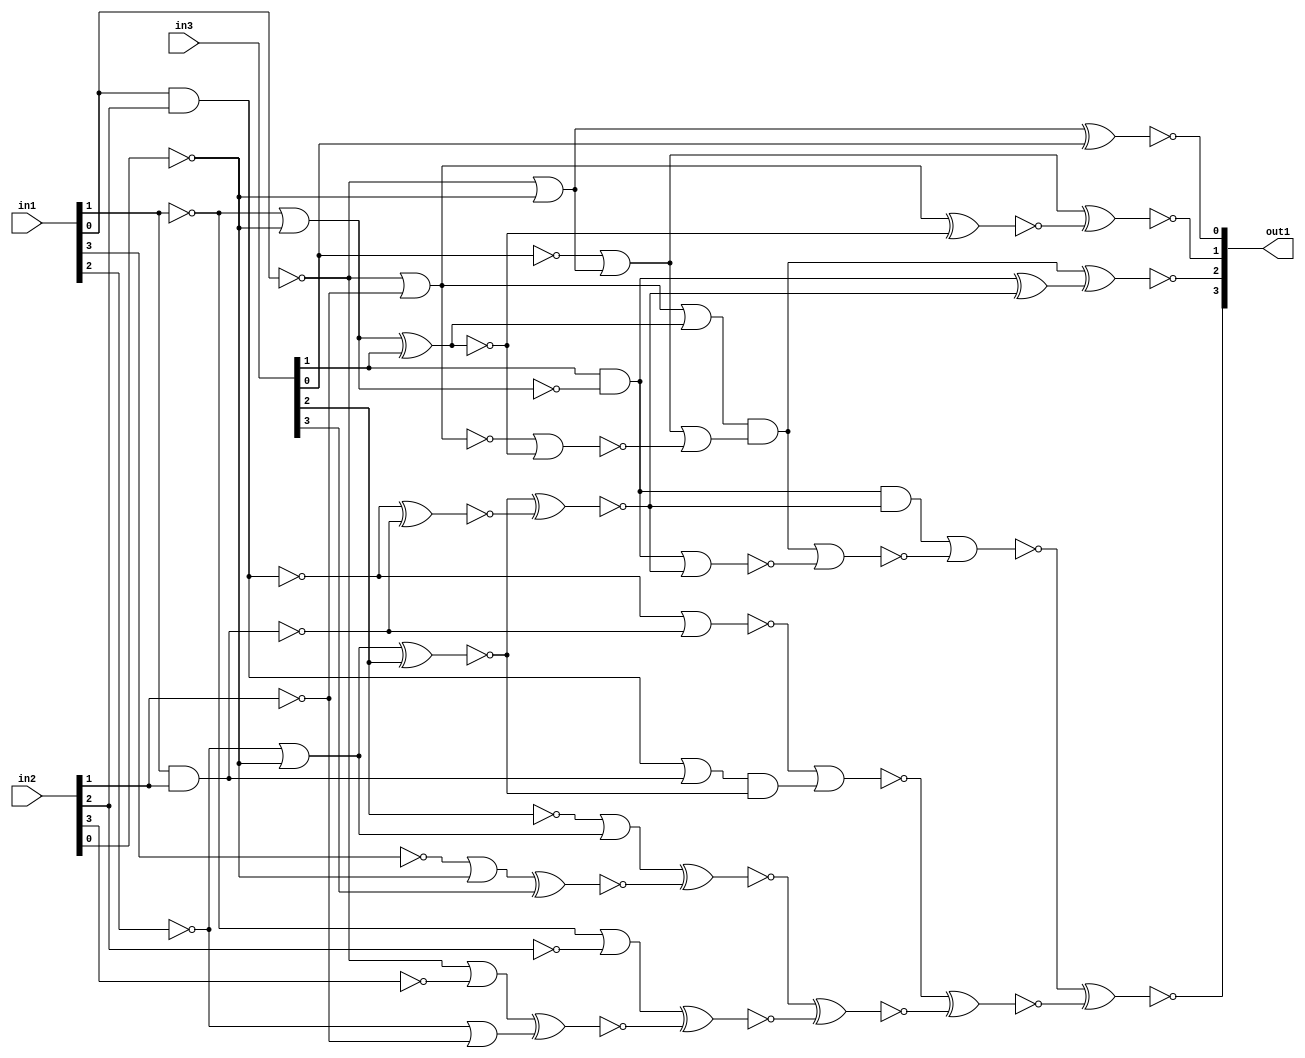
module top(in1, in2, in3, out1);
  input [3:0] in1, in2, in3;
  output [3:0] out1;
  wire [3:0] in1, in2, in3;
  wire [3:0] out1;
  wire csa_tree_ADD_TC_OP_groupi_n_0, csa_tree_ADD_TC_OP_groupi_n_1, csa_tree_ADD_TC_OP_groupi_n_2, csa_tree_ADD_TC_OP_groupi_n_3, csa_tree_ADD_TC_OP_groupi_n_4, csa_tree_ADD_TC_OP_groupi_n_5, csa_tree_ADD_TC_OP_groupi_n_6, csa_tree_ADD_TC_OP_groupi_n_7;
  wire csa_tree_ADD_TC_OP_groupi_n_8, csa_tree_ADD_TC_OP_groupi_n_9, csa_tree_ADD_TC_OP_groupi_n_10, csa_tree_ADD_TC_OP_groupi_n_11, csa_tree_ADD_TC_OP_groupi_n_12, csa_tree_ADD_TC_OP_groupi_n_13, csa_tree_ADD_TC_OP_groupi_n_14, csa_tree_ADD_TC_OP_groupi_n_15;
  wire csa_tree_ADD_TC_OP_groupi_n_16, csa_tree_ADD_TC_OP_groupi_n_17, csa_tree_ADD_TC_OP_groupi_n_18, csa_tree_ADD_TC_OP_groupi_n_19, csa_tree_ADD_TC_OP_groupi_n_20, csa_tree_ADD_TC_OP_groupi_n_21, csa_tree_ADD_TC_OP_groupi_n_22, csa_tree_ADD_TC_OP_groupi_n_23;
  wire csa_tree_ADD_TC_OP_groupi_n_24, csa_tree_ADD_TC_OP_groupi_n_25, csa_tree_ADD_TC_OP_groupi_n_26, csa_tree_ADD_TC_OP_groupi_n_27, csa_tree_ADD_TC_OP_groupi_n_28, csa_tree_ADD_TC_OP_groupi_n_29, csa_tree_ADD_TC_OP_groupi_n_30, csa_tree_ADD_TC_OP_groupi_n_31;
  wire csa_tree_ADD_TC_OP_groupi_n_32, csa_tree_ADD_TC_OP_groupi_n_33, csa_tree_ADD_TC_OP_groupi_n_34, csa_tree_ADD_TC_OP_groupi_n_35, csa_tree_ADD_TC_OP_groupi_n_36, csa_tree_ADD_TC_OP_groupi_n_37, csa_tree_ADD_TC_OP_groupi_n_39, csa_tree_ADD_TC_OP_groupi_n_40;
  wire csa_tree_ADD_TC_OP_groupi_n_41, csa_tree_ADD_TC_OP_groupi_n_42, csa_tree_ADD_TC_OP_groupi_n_43, csa_tree_ADD_TC_OP_groupi_n_44, csa_tree_ADD_TC_OP_groupi_n_45, csa_tree_ADD_TC_OP_groupi_n_46, csa_tree_ADD_TC_OP_groupi_n_47, csa_tree_ADD_TC_OP_groupi_n_48;
  wire csa_tree_ADD_TC_OP_groupi_n_49, csa_tree_ADD_TC_OP_groupi_n_50, csa_tree_ADD_TC_OP_groupi_n_51, csa_tree_ADD_TC_OP_groupi_n_53, csa_tree_ADD_TC_OP_groupi_n_54, csa_tree_ADD_TC_OP_groupi_n_55;
  xnor csa_tree_ADD_TC_OP_groupi_g168__2398(out1[3] ,csa_tree_ADD_TC_OP_groupi_n_54 ,csa_tree_ADD_TC_OP_groupi_n_55);
  xnor csa_tree_ADD_TC_OP_groupi_g169__5107(out1[2] ,csa_tree_ADD_TC_OP_groupi_n_48 ,csa_tree_ADD_TC_OP_groupi_n_0);
  xnor csa_tree_ADD_TC_OP_groupi_g170__6260(csa_tree_ADD_TC_OP_groupi_n_55 ,csa_tree_ADD_TC_OP_groupi_n_46 ,csa_tree_ADD_TC_OP_groupi_n_51);
  nor csa_tree_ADD_TC_OP_groupi_g171__4319(csa_tree_ADD_TC_OP_groupi_n_54 ,csa_tree_ADD_TC_OP_groupi_n_50 ,csa_tree_ADD_TC_OP_groupi_n_53);
  nor csa_tree_ADD_TC_OP_groupi_g172__8428(csa_tree_ADD_TC_OP_groupi_n_53 ,csa_tree_ADD_TC_OP_groupi_n_48 ,csa_tree_ADD_TC_OP_groupi_n_49);
  xnor csa_tree_ADD_TC_OP_groupi_g174__5526(out1[1] ,csa_tree_ADD_TC_OP_groupi_n_31 ,csa_tree_ADD_TC_OP_groupi_n_45);
  xnor csa_tree_ADD_TC_OP_groupi_g175__6783(csa_tree_ADD_TC_OP_groupi_n_51 ,csa_tree_ADD_TC_OP_groupi_n_42 ,csa_tree_ADD_TC_OP_groupi_n_43);
  and csa_tree_ADD_TC_OP_groupi_g176__3680(csa_tree_ADD_TC_OP_groupi_n_50 ,csa_tree_ADD_TC_OP_groupi_n_30 ,csa_tree_ADD_TC_OP_groupi_n_44);
  nor csa_tree_ADD_TC_OP_groupi_g177__1617(csa_tree_ADD_TC_OP_groupi_n_49 ,csa_tree_ADD_TC_OP_groupi_n_30 ,csa_tree_ADD_TC_OP_groupi_n_44);
  and csa_tree_ADD_TC_OP_groupi_g178__2802(csa_tree_ADD_TC_OP_groupi_n_48 ,csa_tree_ADD_TC_OP_groupi_n_39 ,csa_tree_ADD_TC_OP_groupi_n_47);
  or csa_tree_ADD_TC_OP_groupi_g179__1705(csa_tree_ADD_TC_OP_groupi_n_47 ,csa_tree_ADD_TC_OP_groupi_n_31 ,csa_tree_ADD_TC_OP_groupi_n_41);
  nor csa_tree_ADD_TC_OP_groupi_g180__5122(csa_tree_ADD_TC_OP_groupi_n_46 ,csa_tree_ADD_TC_OP_groupi_n_28 ,csa_tree_ADD_TC_OP_groupi_n_40);
  xnor csa_tree_ADD_TC_OP_groupi_g181__8246(csa_tree_ADD_TC_OP_groupi_n_45 ,csa_tree_ADD_TC_OP_groupi_n_21 ,csa_tree_ADD_TC_OP_groupi_n_36);
  xnor csa_tree_ADD_TC_OP_groupi_g182__7098(csa_tree_ADD_TC_OP_groupi_n_44 ,csa_tree_ADD_TC_OP_groupi_n_37 ,csa_tree_ADD_TC_OP_groupi_n_33);
  xnor csa_tree_ADD_TC_OP_groupi_g183__6131(csa_tree_ADD_TC_OP_groupi_n_43 ,csa_tree_ADD_TC_OP_groupi_n_22 ,csa_tree_ADD_TC_OP_groupi_n_34);
  xnor csa_tree_ADD_TC_OP_groupi_g184__1881(csa_tree_ADD_TC_OP_groupi_n_42 ,csa_tree_ADD_TC_OP_groupi_n_29 ,csa_tree_ADD_TC_OP_groupi_n_32);
  nor csa_tree_ADD_TC_OP_groupi_g185__5115(csa_tree_ADD_TC_OP_groupi_n_41 ,csa_tree_ADD_TC_OP_groupi_n_20 ,csa_tree_ADD_TC_OP_groupi_n_36);
  and csa_tree_ADD_TC_OP_groupi_g186__7482(csa_tree_ADD_TC_OP_groupi_n_40 ,csa_tree_ADD_TC_OP_groupi_n_27 ,csa_tree_ADD_TC_OP_groupi_n_37);
  or csa_tree_ADD_TC_OP_groupi_g187__4733(csa_tree_ADD_TC_OP_groupi_n_39 ,csa_tree_ADD_TC_OP_groupi_n_21 ,csa_tree_ADD_TC_OP_groupi_n_35);
  xnor csa_tree_ADD_TC_OP_groupi_g188__6161(out1[0] ,csa_tree_ADD_TC_OP_groupi_n_16 ,in3[0]);
  xnor csa_tree_ADD_TC_OP_groupi_g189__9315(csa_tree_ADD_TC_OP_groupi_n_37 ,csa_tree_ADD_TC_OP_groupi_n_23 ,in3[2]);
  not csa_tree_ADD_TC_OP_groupi_g190(csa_tree_ADD_TC_OP_groupi_n_35 ,csa_tree_ADD_TC_OP_groupi_n_36);
  xnor csa_tree_ADD_TC_OP_groupi_g191__9945(csa_tree_ADD_TC_OP_groupi_n_36 ,csa_tree_ADD_TC_OP_groupi_n_25 ,in3[1]);
  xnor csa_tree_ADD_TC_OP_groupi_g192__2883(csa_tree_ADD_TC_OP_groupi_n_34 ,csa_tree_ADD_TC_OP_groupi_n_17 ,csa_tree_ADD_TC_OP_groupi_n_24);
  xnor csa_tree_ADD_TC_OP_groupi_g193__2346(csa_tree_ADD_TC_OP_groupi_n_33 ,csa_tree_ADD_TC_OP_groupi_n_15 ,csa_tree_ADD_TC_OP_groupi_n_19);
  xnor csa_tree_ADD_TC_OP_groupi_g194__1666(csa_tree_ADD_TC_OP_groupi_n_32 ,csa_tree_ADD_TC_OP_groupi_n_13 ,in3[3]);
  or csa_tree_ADD_TC_OP_groupi_g195__7410(csa_tree_ADD_TC_OP_groupi_n_31 ,csa_tree_ADD_TC_OP_groupi_n_10 ,csa_tree_ADD_TC_OP_groupi_n_16);
  and csa_tree_ADD_TC_OP_groupi_g197__6417(csa_tree_ADD_TC_OP_groupi_n_30 ,in3[1] ,csa_tree_ADD_TC_OP_groupi_n_26);
  or csa_tree_ADD_TC_OP_groupi_g198__5477(csa_tree_ADD_TC_OP_groupi_n_29 ,csa_tree_ADD_TC_OP_groupi_n_6 ,csa_tree_ADD_TC_OP_groupi_n_23);
  nor csa_tree_ADD_TC_OP_groupi_g199__2398(csa_tree_ADD_TC_OP_groupi_n_28 ,csa_tree_ADD_TC_OP_groupi_n_15 ,csa_tree_ADD_TC_OP_groupi_n_19);
  or csa_tree_ADD_TC_OP_groupi_g200__5107(csa_tree_ADD_TC_OP_groupi_n_27 ,csa_tree_ADD_TC_OP_groupi_n_14 ,csa_tree_ADD_TC_OP_groupi_n_18);
  not csa_tree_ADD_TC_OP_groupi_g201(csa_tree_ADD_TC_OP_groupi_n_26 ,csa_tree_ADD_TC_OP_groupi_n_25);
  or csa_tree_ADD_TC_OP_groupi_g202__6260(csa_tree_ADD_TC_OP_groupi_n_25 ,csa_tree_ADD_TC_OP_groupi_n_9 ,csa_tree_ADD_TC_OP_groupi_n_3);
  or csa_tree_ADD_TC_OP_groupi_g203__4319(csa_tree_ADD_TC_OP_groupi_n_24 ,csa_tree_ADD_TC_OP_groupi_n_8 ,csa_tree_ADD_TC_OP_groupi_n_5);
  or csa_tree_ADD_TC_OP_groupi_g204__8428(csa_tree_ADD_TC_OP_groupi_n_23 ,csa_tree_ADD_TC_OP_groupi_n_8 ,csa_tree_ADD_TC_OP_groupi_n_3);
  or csa_tree_ADD_TC_OP_groupi_g205__5526(csa_tree_ADD_TC_OP_groupi_n_22 ,csa_tree_ADD_TC_OP_groupi_n_9 ,csa_tree_ADD_TC_OP_groupi_n_7);
  not csa_tree_ADD_TC_OP_groupi_g206(csa_tree_ADD_TC_OP_groupi_n_20 ,csa_tree_ADD_TC_OP_groupi_n_21);
  or csa_tree_ADD_TC_OP_groupi_g207__6783(csa_tree_ADD_TC_OP_groupi_n_21 ,csa_tree_ADD_TC_OP_groupi_n_4 ,csa_tree_ADD_TC_OP_groupi_n_5);
  not csa_tree_ADD_TC_OP_groupi_g208(csa_tree_ADD_TC_OP_groupi_n_19 ,csa_tree_ADD_TC_OP_groupi_n_18);
  and csa_tree_ADD_TC_OP_groupi_g209__3680(csa_tree_ADD_TC_OP_groupi_n_18 ,in1[1] ,in2[1]);
  or csa_tree_ADD_TC_OP_groupi_g210__1617(csa_tree_ADD_TC_OP_groupi_n_17 ,csa_tree_ADD_TC_OP_groupi_n_4 ,csa_tree_ADD_TC_OP_groupi_n_12);
  or csa_tree_ADD_TC_OP_groupi_g211__2802(csa_tree_ADD_TC_OP_groupi_n_16 ,csa_tree_ADD_TC_OP_groupi_n_4 ,csa_tree_ADD_TC_OP_groupi_n_2);
  not csa_tree_ADD_TC_OP_groupi_g212(csa_tree_ADD_TC_OP_groupi_n_15 ,csa_tree_ADD_TC_OP_groupi_n_14);
  and csa_tree_ADD_TC_OP_groupi_g213__1705(csa_tree_ADD_TC_OP_groupi_n_14 ,in1[0] ,in2[2]);
  or csa_tree_ADD_TC_OP_groupi_g214__5122(csa_tree_ADD_TC_OP_groupi_n_13 ,csa_tree_ADD_TC_OP_groupi_n_11 ,csa_tree_ADD_TC_OP_groupi_n_2);
  not csa_tree_ADD_TC_OP_groupi_g215(csa_tree_ADD_TC_OP_groupi_n_12 ,in2[3]);
  not csa_tree_ADD_TC_OP_groupi_g216(csa_tree_ADD_TC_OP_groupi_n_11 ,in1[3]);
  not csa_tree_ADD_TC_OP_groupi_g217(csa_tree_ADD_TC_OP_groupi_n_10 ,in3[0]);
  not csa_tree_ADD_TC_OP_groupi_g218(csa_tree_ADD_TC_OP_groupi_n_9 ,in1[1]);
  not csa_tree_ADD_TC_OP_groupi_g219(csa_tree_ADD_TC_OP_groupi_n_8 ,in1[2]);
  not csa_tree_ADD_TC_OP_groupi_g220(csa_tree_ADD_TC_OP_groupi_n_7 ,in2[2]);
  not csa_tree_ADD_TC_OP_groupi_g221(csa_tree_ADD_TC_OP_groupi_n_6 ,in3[2]);
  not csa_tree_ADD_TC_OP_groupi_g222(csa_tree_ADD_TC_OP_groupi_n_5 ,in2[1]);
  not csa_tree_ADD_TC_OP_groupi_g223(csa_tree_ADD_TC_OP_groupi_n_4 ,in1[0]);
  not csa_tree_ADD_TC_OP_groupi_g224(csa_tree_ADD_TC_OP_groupi_n_3 ,in2[0]);
  not csa_tree_ADD_TC_OP_groupi_drc_bufs225(csa_tree_ADD_TC_OP_groupi_n_2 ,csa_tree_ADD_TC_OP_groupi_n_1);
  not csa_tree_ADD_TC_OP_groupi_drc_bufs226(csa_tree_ADD_TC_OP_groupi_n_1 ,csa_tree_ADD_TC_OP_groupi_n_3);
  xor csa_tree_ADD_TC_OP_groupi_g2__8246(csa_tree_ADD_TC_OP_groupi_n_0 ,csa_tree_ADD_TC_OP_groupi_n_30 ,csa_tree_ADD_TC_OP_groupi_n_44);
endmodule